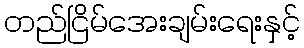
တည်ငြိမ်အေးချမ်းရေးနှင့်